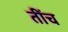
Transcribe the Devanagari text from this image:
तींच